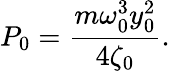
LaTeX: P_{0}=\frac{m\omega_{0}^{3}y_{0}^{2}}{4\zeta_{\mathrm{0}}}.